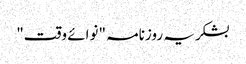
بشکریہ روزنامہ "نوائے وقت"